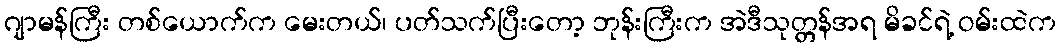
ဂျာမန်ကြီး တစ်ယောက်က မေးတယ်၊ ပတ်သက်ပြီးတော့ ဘုန်းကြီးက အဲဒီသုတ္တန်အရ မိခင်ရဲ့ ဝမ်းထဲက